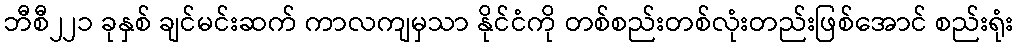
ဘီစီ၂၂၁ ခုနှစ် ချင်မင်းဆက် ကာလကျမှသာ နိုင်ငံကို တစ်စည်းတစ်လုံးတည်းဖြစ်အောင် စည်းရုံး